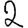
Digit: 2